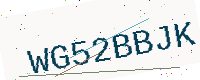
Text: WG52BBJK